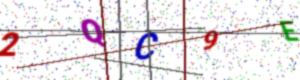
Text: 2QC9E